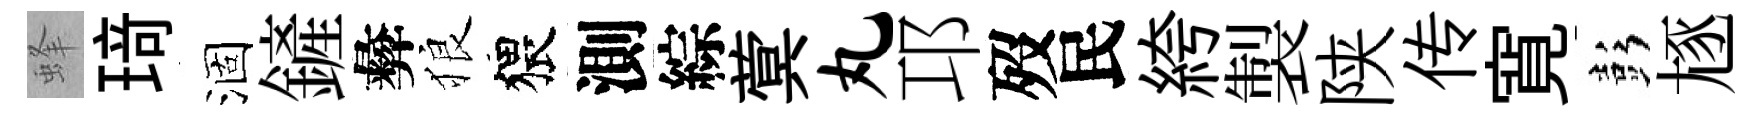
蜂𤦺涸鏟彜狼猥測綜蓂丸邛歿民絝製陕传寛彭豗